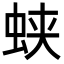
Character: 蛱